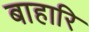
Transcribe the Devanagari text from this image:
बाहारि